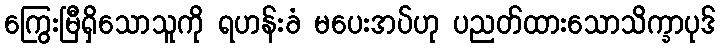
ကြွေးမြီရှိသောသူကို ရဟန်းခံ မပေးအပ်ဟု ပညတ်ထားသောသိက္ခာပုဒ်